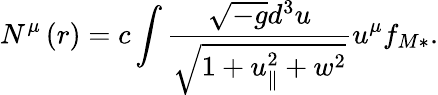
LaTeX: N^{\mu}\left(r\right)=c\int\frac{\sqrt{-g}d^{3}u}{\sqrt{1+u_{\parallel}^{2}+w^{2}}}u^{\mu}f_{M\ast}.